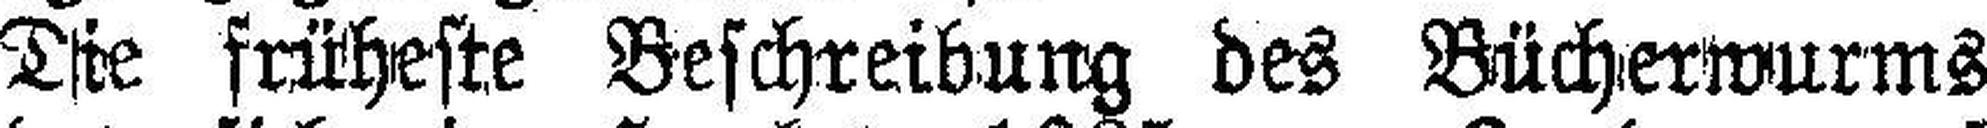
Die früheste Beschreibung des Bücherwurms